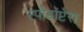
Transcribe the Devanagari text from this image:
स्पोडॉप्टेरा